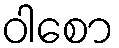
ဝါစော